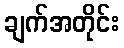
ချက်အတိုင်း